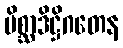
မိစ္ဆာဒိဋ္ဌိဂတေန